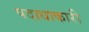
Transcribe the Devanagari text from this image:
पदाधाकारी